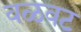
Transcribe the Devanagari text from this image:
वळवट